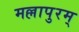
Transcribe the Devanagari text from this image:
मल्लापुरम्